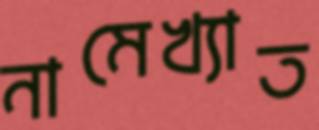
নামেখ্যাত